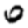
Digit: 0